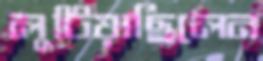
লুটিয়াছিলেন